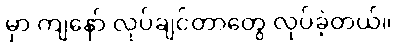
မှာ ကျနော် လုပ်ချင်တာတွေ လုပ်ခဲ့တယ်။